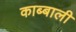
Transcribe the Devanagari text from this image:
काब्बाली